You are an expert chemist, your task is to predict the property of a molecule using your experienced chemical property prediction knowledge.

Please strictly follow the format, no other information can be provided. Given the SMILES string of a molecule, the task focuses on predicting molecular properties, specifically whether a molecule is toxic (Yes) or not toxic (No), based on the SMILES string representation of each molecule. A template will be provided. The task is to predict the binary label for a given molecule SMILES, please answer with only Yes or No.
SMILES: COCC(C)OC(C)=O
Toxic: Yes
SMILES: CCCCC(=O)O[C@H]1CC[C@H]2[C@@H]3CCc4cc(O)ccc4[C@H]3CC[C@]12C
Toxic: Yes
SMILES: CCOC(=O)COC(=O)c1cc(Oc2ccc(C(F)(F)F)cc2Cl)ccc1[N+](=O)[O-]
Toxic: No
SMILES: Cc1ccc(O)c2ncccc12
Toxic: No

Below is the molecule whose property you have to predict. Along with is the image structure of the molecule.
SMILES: NC(N)=O
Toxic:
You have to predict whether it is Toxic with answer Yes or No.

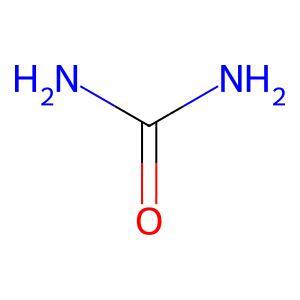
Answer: No